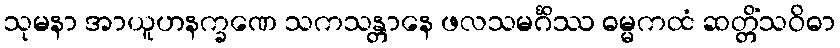
သုမနာ အာယူဟနက္ခဏေ သကသန္တာနေ ဖလသမင်္ဂိဿ ဓမ္မကထံ ဆတ္တိံသဝိဓာ